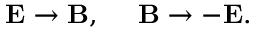
\mathbf { E } \rightarrow \mathbf { B } , ~ ~ ~ ~ \mathbf { B } \rightarrow - \mathbf { E } .